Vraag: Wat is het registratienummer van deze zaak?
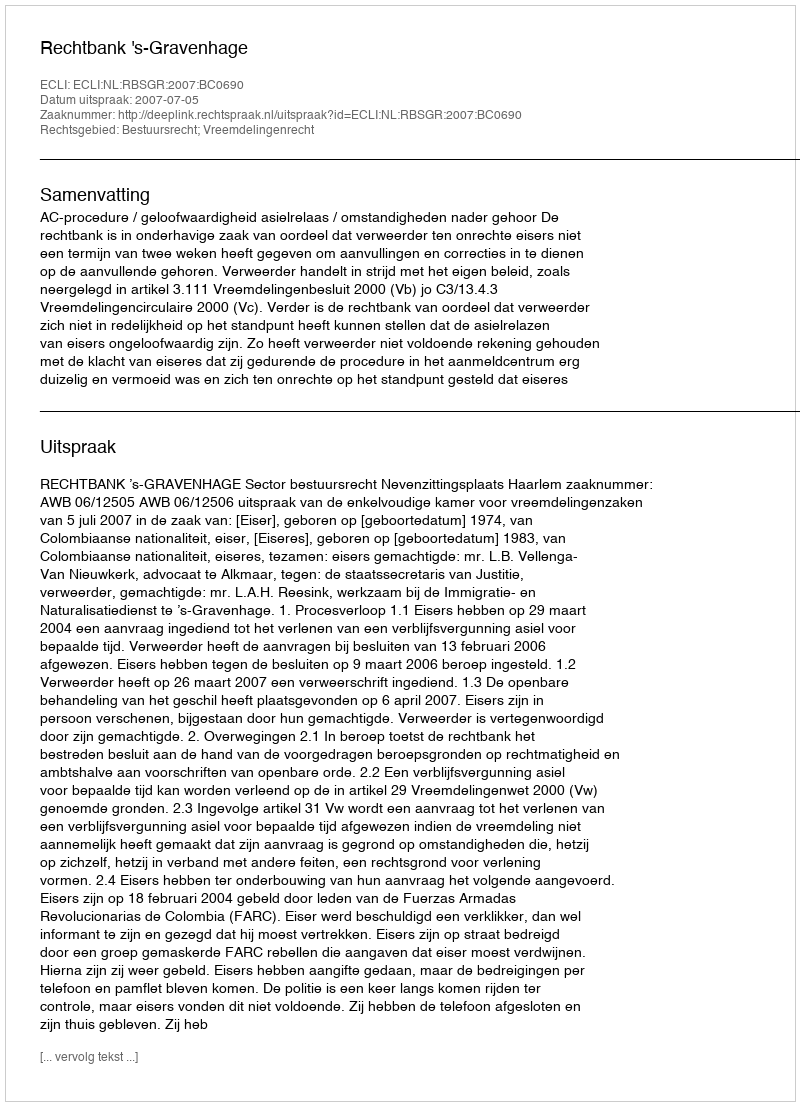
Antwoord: http://deeplink.rechtspraak.nl/uitspraak?id=ECLI:NL:RBSGR:2007:BC0690